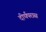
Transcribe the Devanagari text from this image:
दीर्घपरास